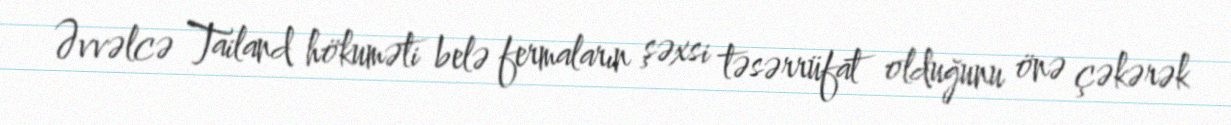
Əvvəlcə Tailand hökuməti belə fermaların şəxsi təsərrüfat olduğunu önə çəkərək